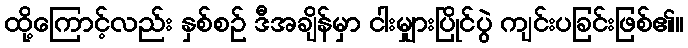
ထို့ကြောင့်လည်း နှစ်စဉ် ဒီအချိန်မှာ ငါးမျှားပြိုင်ပွဲ ကျင်းပခြင်းဖြစ်၏။